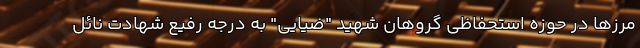
مرزها در حوزه استحفاظی گروهان شهید "ضیایی" به درجه رفیع شهادت نائل